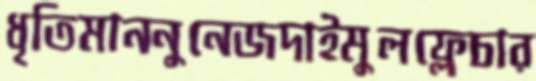
ধৃতিমাননুনেজদাইমুলফ্লেচার